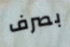
بصرف